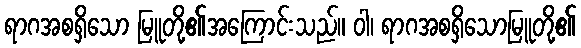
ရာဂအစရှိသော မြူတို့၏အကြောင်းသည်။ ဝါ၊ ရာဂအစရှိသောမြူတို့၏